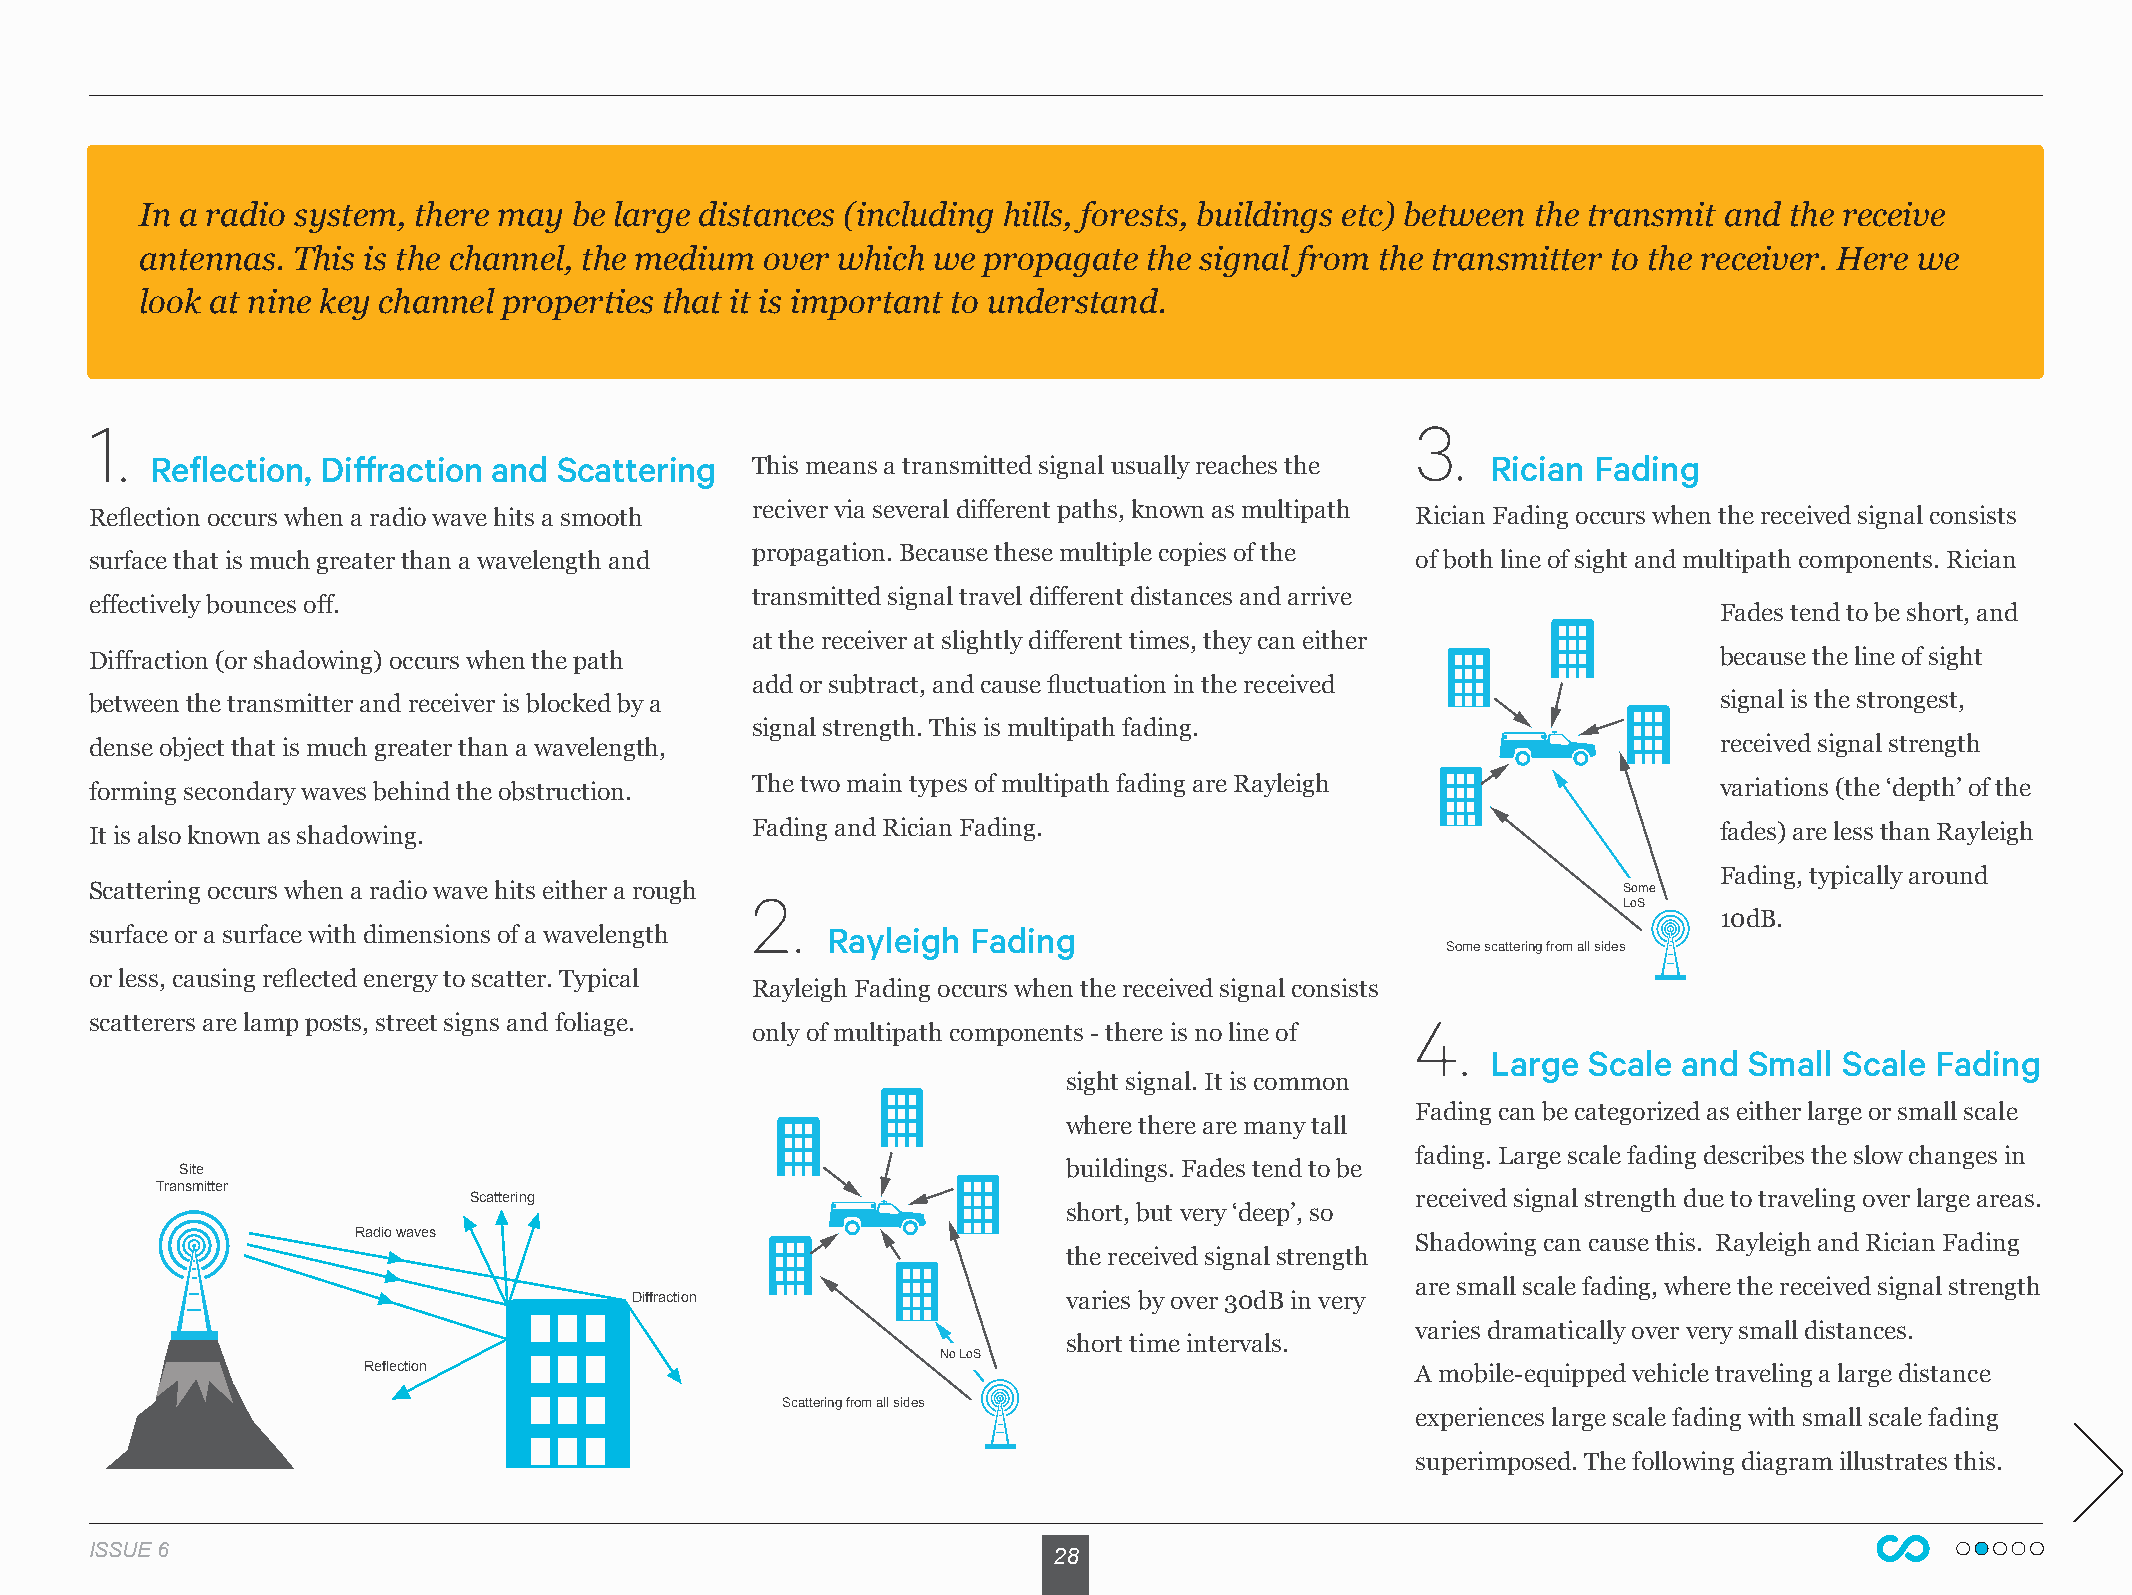
In a radio system, there may be large distances (including hills, forests, buildings etc) between the transmit and the receive
 antennas. This is the channel, the medium over which we propagate  the signal from the transmitter to the receiver. Here we
 look at nine key channel properties that it is important to understand.
 1.                                                                                      3.
 Reflection, Diffraction and Scattering  This means a transmitted signal usually reaches the Rician Fading
 reciver via several different paths, known as multipath
 Reflection occurs when a radio wave hits a smooth                                       Rician Fading occurs when the received signal consists
 propagation. Because these multiple copies of the
 surface that is much greater than a wavelength and                                      of both line of sight and multipath components. Rician
 transmitted signal travel different distances and arrive
 effectively bounces off.
 Fades tend to be short, and
 at the receiver at slightly different times, they can either
 Diffraction (or shadowing) occurs when the path                                                             because the line of sight
 add or subtract, and cause fluctuation in the received
 between the transmitter and receiver is blocked by a                                                        signal is the strongest,
 signal strength. This is multipath fading.
 dense object that is much greater than a wavelength,                                                        received signal strength
 forming secondary waves behind the obstruction. The two main types of multipath fading are Rayleigh         variations (the ‘depth’ of the
 It is also known as shadowing.              Fading and Rician Fading.                                       fades) are less than Rayleigh
 Fading, typically around
 Scattering occurs when a radio wave hits either a rough 2.                                           Some
 LoS
 10dB.
 surface or a surface with dimensions of a wavelength Rayleigh Fading
 Some scattering from all sides
 or less, causing reflected energy to scatter. Typical
 Rayleigh Fading occurs when the received signal consists
 4.
 scatterers are lamp posts, street signs and foliage.
 only of multipath components - there is no line of
 Large Scale and  Small Scale Fading
 sight signal. It is common
 Fading can be categorized as either large or small scale
 where there are many tall
 fading. Large scale fading describes the slow changes in
 Site                                                       buildings. Fades tend to be
 Transmitter
 Scattering                                                     received signal strength due to traveling over large areas.
 short, but very ‘deep’, so
 Radio waves
 Shadowing can cause this. Rayleigh and Rician Fading
 the received signal strength
 are small scale fading, where the received signal strength
 Diffraction                  varies by over 30dB in very
 varies dramatically over very small distances.
 short time intervals.
 No LoS
 Reflection                                                            A mobile-equipped vehicle traveling a large distance
 Scattering from all sides
 experiences large scale fading with small scale fading
 superimposed. The following diagram illustrates this.
 IISSSSUUEE 66                                                   28